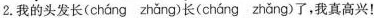
2.我的头发\underset{·}{长}( cháng zhǎng )\underset{·}{长}( cháng zhǎng )了，我真高兴！